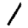
Digit: 1